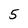
Character: 5